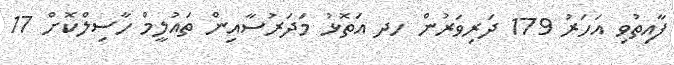
ފާއިތުވި އަހަރު 179 ދަރިވަރުން ހދ އަތޮޅު މަދަރުސާއިން ތައުލީމް ހާސިލްކޮށް 17